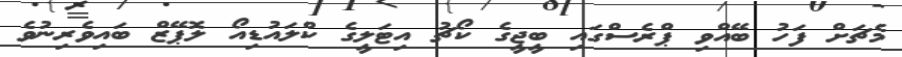
މެޗަށް ފަހު ބޭއްވި ޕްރެސްގައި ބީޖީގެ ކޯޗު އިޓަލީގެ ކްލައުޑިއޯ ލޮޕޭޒް ބައިވެރިނުވެ